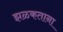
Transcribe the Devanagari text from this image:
झळकताना